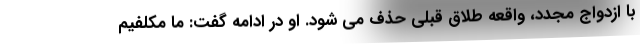
با ازدواج مجدد، واقعه طلاق قبلی حذف می شود. او در ادامه گفت: ما مکلفیم